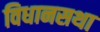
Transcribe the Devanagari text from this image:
विधानसथा